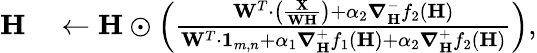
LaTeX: \begin{array}{rl}{\mathbf{H}}&{{}\leftarrow\mathbf{H}\odot\left(\frac{\mathbf{W}^{T}\cdot\left(\frac{\mathbf{X}}{\mathbf{W}\mathbf{H}}\right)+\alpha_{2}\boldsymbol\nabla_{\mathbf{H}}^{-}f_{2}(\mathbf{H})}{\mathbf{W}^{T}\cdot\mathbf{1}_{m,n}+\alpha_{1}\boldsymbol\nabla_{\mathbf{H}}^{+}f_{1}(\mathbf{H})+\alpha_{2}\boldsymbol\nabla_{\mathbf{H}}^{+}f_{2}(\mathbf{H})}\right),}\end{array}